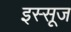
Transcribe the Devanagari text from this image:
इस्सूज